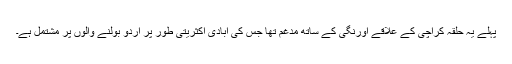
پہلے یہ حلقہ کراچی کے علاقے اورنگی کے ساتھ مدغم تھا جس کی آبادی اکثریتی طور پر اردو بولنے والوں پر مشتمل ہے۔